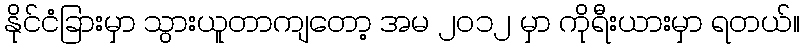
နိုင်ငံခြားမှာ သွားယူတာကျတော့ အမ ၂၀၁၂ မှာ ကိုရီးယားမှာ ရတယ်။